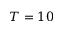
T = 1 0